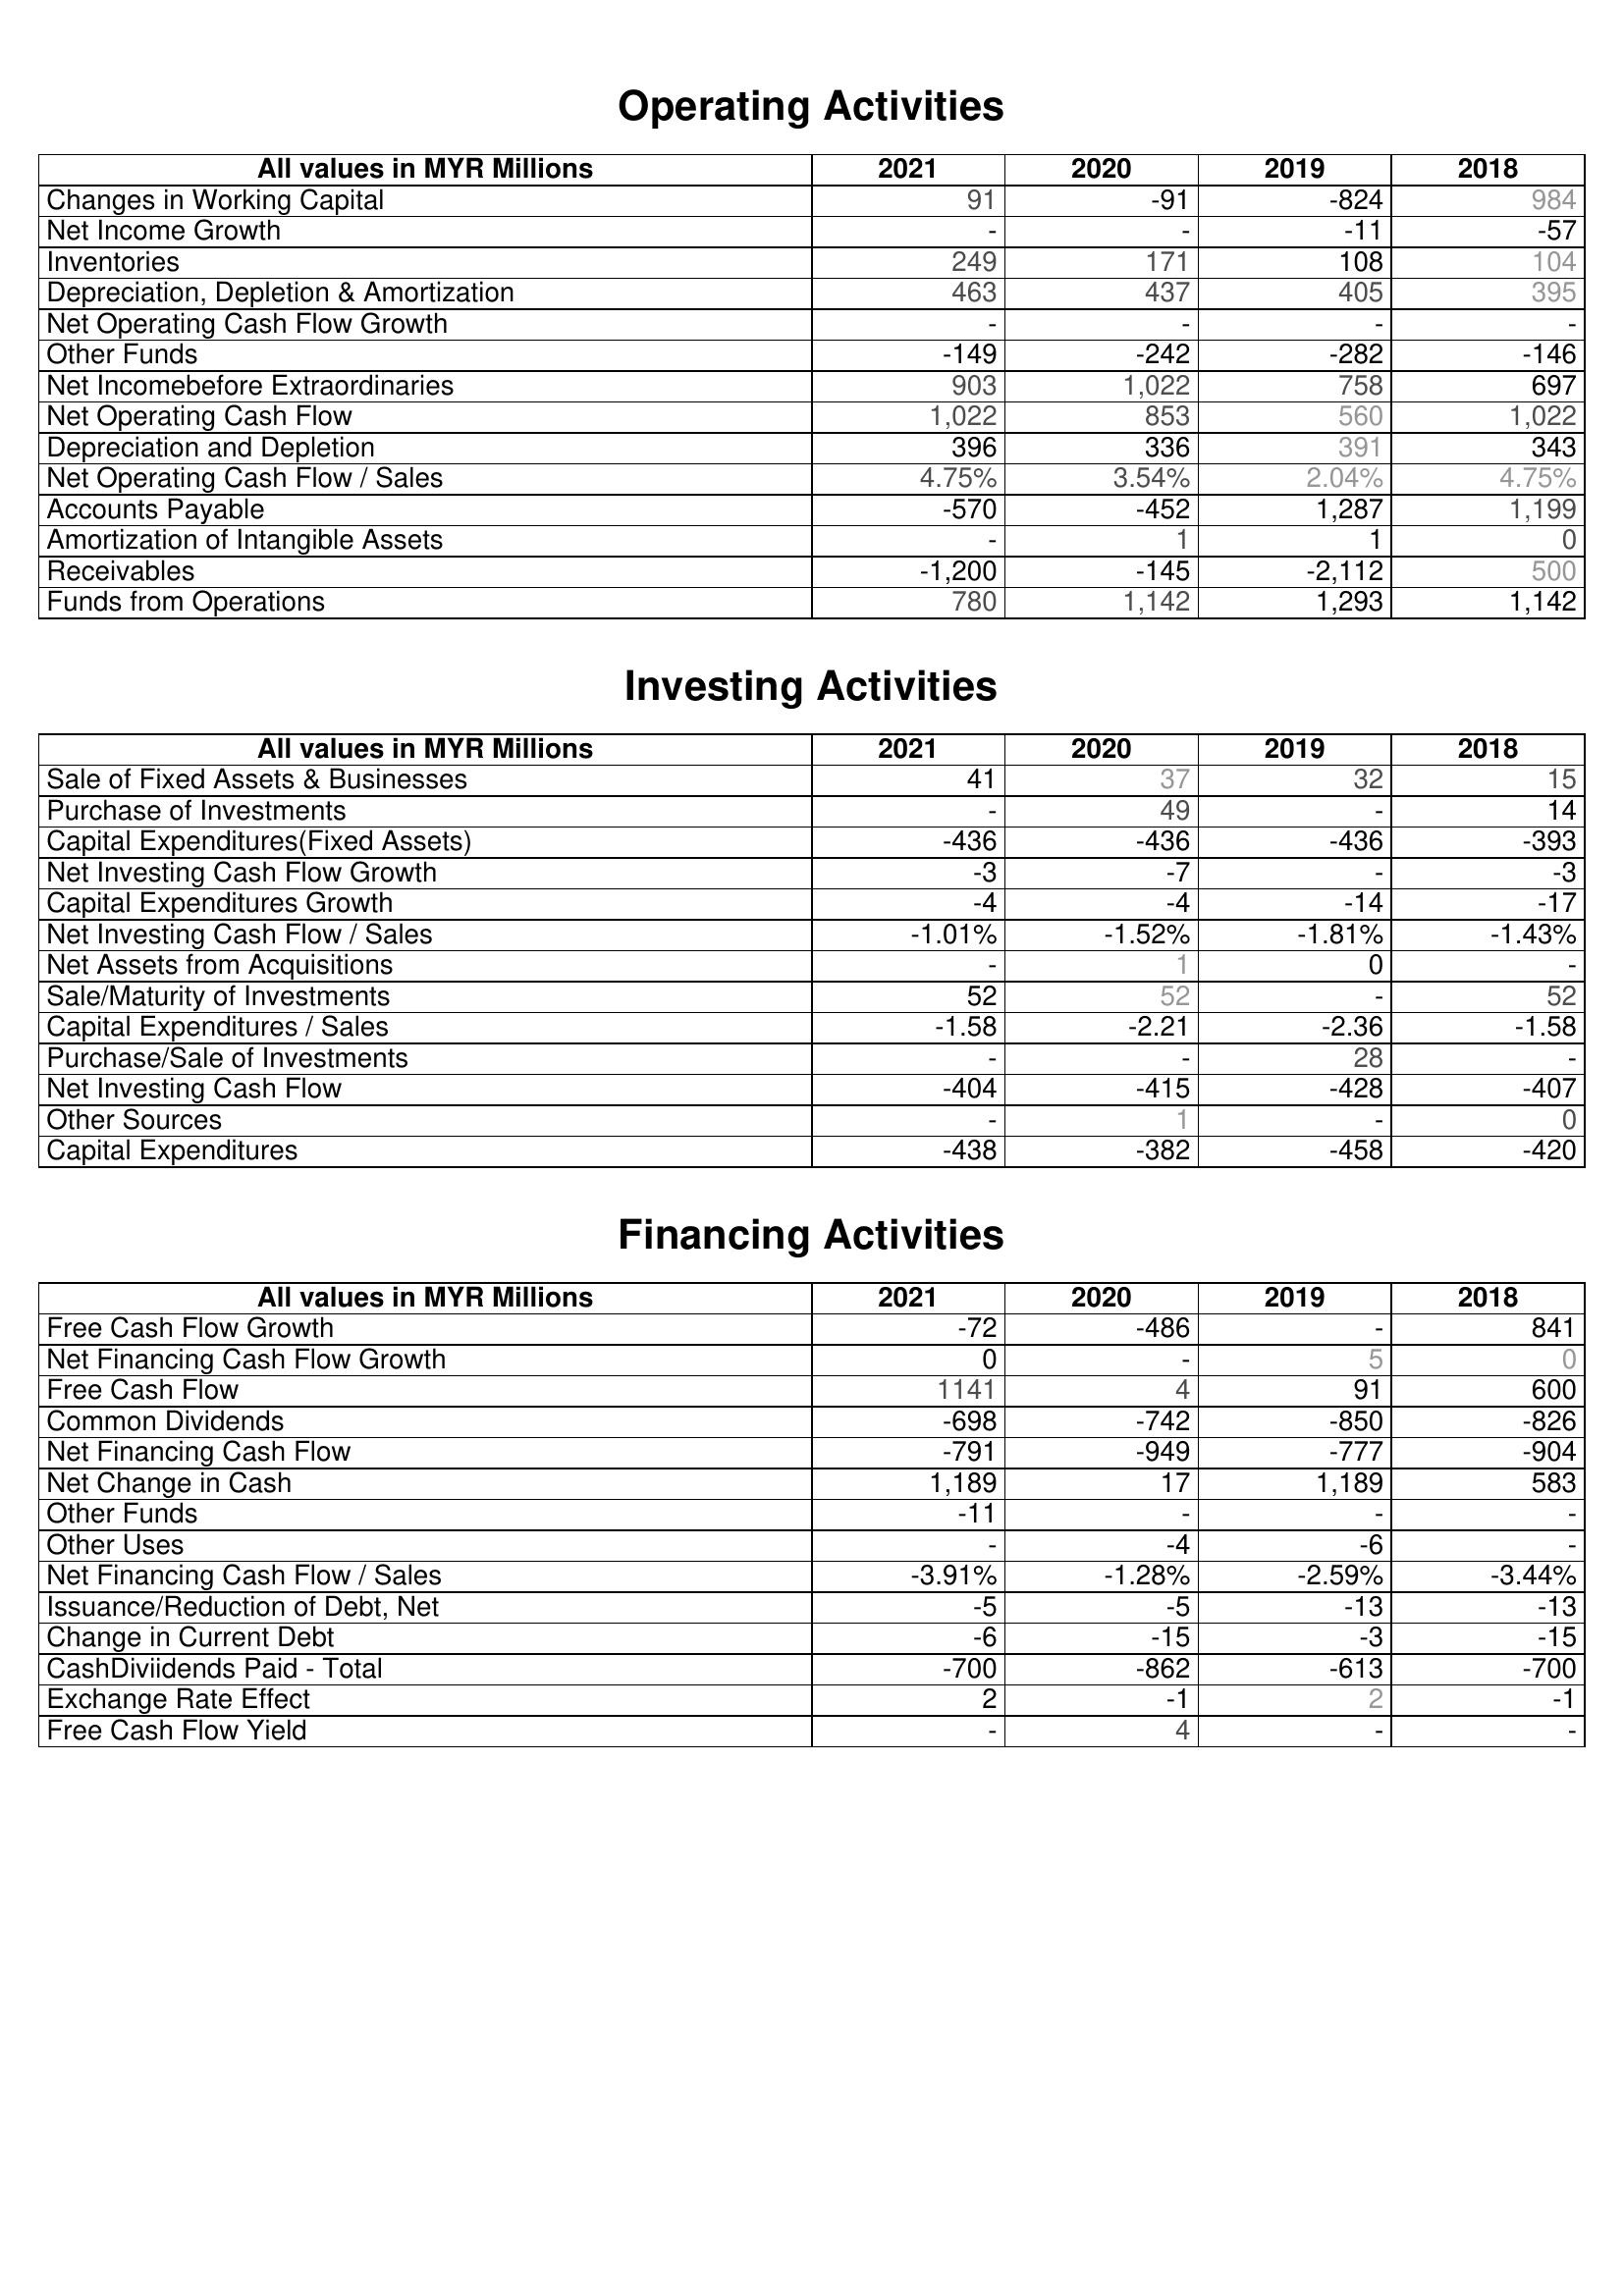
2021: Operating Activities: Changes in Working Capital: 91
Net Income Growth: -
Inventories: 249
Depreciation, Depletion & Amortization: 463
Net Operating Cash Flow Growth: -
Other Funds: -149
Net Incomebefore Extraordinaries: 903
Net Operating Cash Flow: 1,022
Depreciation and Depletion: 396
Net Operating Cash Flow / Sales: 4.75%
Accounts Payable: -570
Amortization of Intangible Assets: -
Receivables: -1,200
Funds from Operations: 780
Investing Activities: Sale of Fixed Assets & Businesses: 41
Purchase of Investments: -
Capital Expenditures(Fixed Assets): -436
Net Investing Cash Flow Growth: -3
Capital Expenditures Growth: -4
Net Investing Cash Flow / Sales: -1.01%
Net Assets from Acquisitions: -
Sale/Maturity of Investments: 52
Capital Expenditures / Sales: -1.58
Purchase/Sale of Investments: -
Net Investing Cash Flow: -404
Other Sources: -
Capital Expenditures: -438
Financing Activities: Free Cash Flow Growth: -72
Net Financing Cash Flow Growth: 0
Free Cash Flow: 1141
Common Dividends: -698
Net Financing Cash Flow: -791
Net Change in Cash: 1,189
Other Funds: -11
Other Uses: -
Net Financing Cash Flow / Sales: -3.91%
Issuance/Reduction of Debt, Net: -5
Change in Current Debt: -6
CashDiviidends Paid - Total: -700
Exchange Rate Effect: 2
Free Cash Flow Yield: -
2020: Operating Activities: Changes in Working Capital: -91
Net Income Growth: -
Inventories: 171
Depreciation, Depletion & Amortization: 437
Net Operating Cash Flow Growth: -
Other Funds: -242
Net Incomebefore Extraordinaries: 1,022
Net Operating Cash Flow: 853
Depreciation and Depletion: 336
Net Operating Cash Flow / Sales: 3.54%
Accounts Payable: -452
Amortization of Intangible Assets: 1
Receivables: -145
Funds from Operations: 1,142
Investing Activities: Sale of Fixed Assets & Businesses: 37
Purchase of Investments: 49
Capital Expenditures(Fixed Assets): -436
Net Investing Cash Flow Growth: -7
Capital Expenditures Growth: -4
Net Investing Cash Flow / Sales: -1.52%
Net Assets from Acquisitions: 1
Sale/Maturity of Investments: 52
Capital Expenditures / Sales: -2.21
Purchase/Sale of Investments: -
Net Investing Cash Flow: -415
Other Sources: 1
Capital Expenditures: -382
Financing Activities: Free Cash Flow Growth: -486
Net Financing Cash Flow Growth: -
Free Cash Flow: 4
Common Dividends: -742
Net Financing Cash Flow: -949
Net Change in Cash: 17
Other Funds: -
Other Uses: -4
Net Financing Cash Flow / Sales: -1.28%
Issuance/Reduction of Debt, Net: -5
Change in Current Debt: -15
CashDiviidends Paid - Total: -862
Exchange Rate Effect: -1
Free Cash Flow Yield: 4
2019: Operating Activities: Changes in Working Capital: -824
Net Income Growth: -11
Inventories: 108
Depreciation, Depletion & Amortization: 405
Net Operating Cash Flow Growth: -
Other Funds: -282
Net Incomebefore Extraordinaries: 758
Net Operating Cash Flow: 560
Depreciation and Depletion: 391
Net Operating Cash Flow / Sales: 2.04%
Accounts Payable: 1,287
Amortization of Intangible Assets: 1
Receivables: -2,112
Funds from Operations: 1,293
Investing Activities: Sale of Fixed Assets & Businesses: 32
Purchase of Investments: -
Capital Expenditures(Fixed Assets): -436
Net Investing Cash Flow Growth: -
Capital Expenditures Growth: -14
Net Investing Cash Flow / Sales: -1.81%
Net Assets from Acquisitions: 0
Sale/Maturity of Investments: -
Capital Expenditures / Sales: -2.36
Purchase/Sale of Investments: 28
Net Investing Cash Flow: -428
Other Sources: -
Capital Expenditures: -458
Financing Activities: Free Cash Flow Growth: -
Net Financing Cash Flow Growth: 5
Free Cash Flow: 91
Common Dividends: -850
Net Financing Cash Flow: -777
Net Change in Cash: 1,189
Other Funds: -
Other Uses: -6
Net Financing Cash Flow / Sales: -2.59%
Issuance/Reduction of Debt, Net: -13
Change in Current Debt: -3
CashDiviidends Paid - Total: -613
Exchange Rate Effect: 2
Free Cash Flow Yield: -
2018: Operating Activities: Changes in Working Capital: 984
Net Income Growth: -57
Inventories: 104
Depreciation, Depletion & Amortization: 395
Net Operating Cash Flow Growth: -
Other Funds: -146
Net Incomebefore Extraordinaries: 697
Net Operating Cash Flow: 1,022
Depreciation and Depletion: 343
Net Operating Cash Flow / Sales: 4.75%
Accounts Payable: 1,199
Amortization of Intangible Assets: 0
Receivables: 500
Funds from Operations: 1,142
Investing Activities: Sale of Fixed Assets & Businesses: 15
Purchase of Investments: 14
Capital Expenditures(Fixed Assets): -393
Net Investing Cash Flow Growth: -3
Capital Expenditures Growth: -17
Net Investing Cash Flow / Sales: -1.43%
Net Assets from Acquisitions: -
Sale/Maturity of Investments: 52
Capital Expenditures / Sales: -1.58
Purchase/Sale of Investments: -
Net Investing Cash Flow: -407
Other Sources: 0
Capital Expenditures: -420
Financing Activities: Free Cash Flow Growth: 841
Net Financing Cash Flow Growth: 0
Free Cash Flow: 600
Common Dividends: -826
Net Financing Cash Flow: -904
Net Change in Cash: 583
Other Funds: -
Other Uses: -
Net Financing Cash Flow / Sales: -3.44%
Issuance/Reduction of Debt, Net: -13
Change in Current Debt: -15
CashDiviidends Paid - Total: -700
Exchange Rate Effect: -1
Free Cash Flow Yield: -